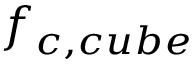
f _ { c , c u b e }